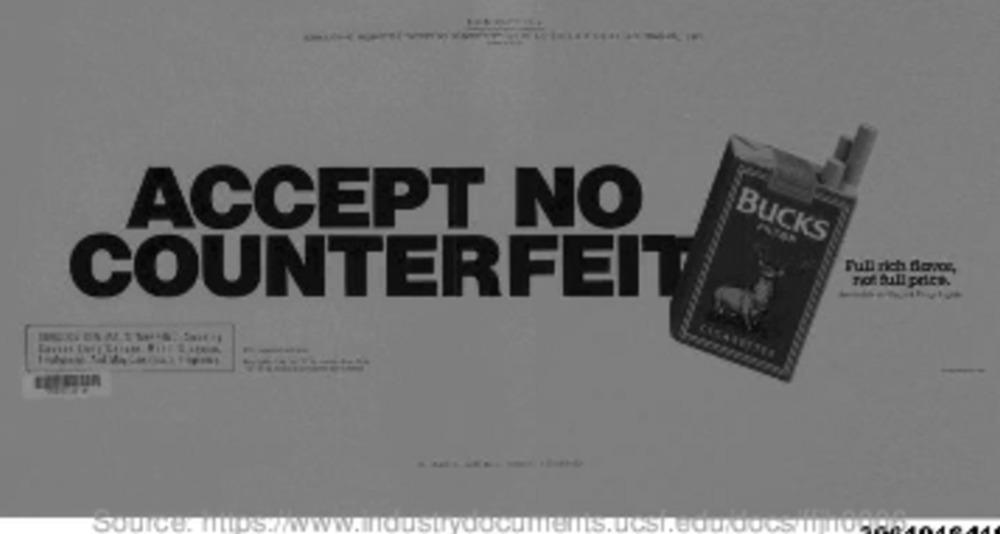
-
ACCEPT NO
BUCKS
Full rich flavce,
no full price.
COUNTERFEIT
.. .... ..
TCL
BITS. UCST. BUDKIUCS